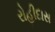
રોહીદાસ